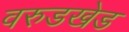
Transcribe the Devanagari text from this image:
वरुडखेड